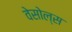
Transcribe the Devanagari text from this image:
वेसोल्स